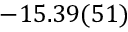
- 1 5 . 3 9 ( 5 1 )